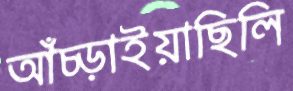
আঁচ্‌ড়াইয়াছিলি